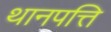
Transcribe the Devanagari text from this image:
थानपत्ति